Indian journal of veterinary science and animal husbandry - Volumes 24-25, 1954-1955
Year: 1954
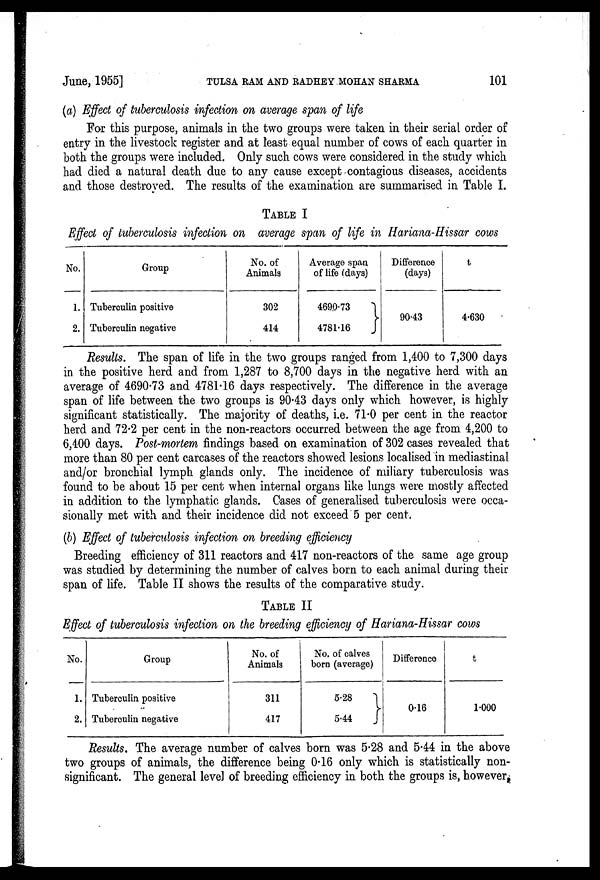
June, 1955] TULSA RAM AND RADHEY MOHAN SHARMA 101
(a) Effect of tuberculosis infection on average span of life
For this purpose, animals in the two groups were taken in their serial order of
entry in the livestock register and at least equal number of cows of each quarter in
both the groups were included. Only such cows were considered in the study which
had died a natural death due to any cause except contagious diseases, accidents
and those destroyed. The results of the examination are summarised in Table I.
TABLE I
Effect of tuberculosis infection on average span of life in Hariana-Hissar cows
No.
1.
2.
Group
Tuberculin positive
Tuberculin negative
No. of
Animals
302
414
Average span
of life (days)
4690.73
}
4781.16
Difference
(days)
90.43
t
4.630
Results. The span of life in the two groups ranged from 1,400 to 7,300 days
in the positive herd and from 1,287 to 8,700 days in the negative herd with an
average of 4690.73 and 4781.16 days respectively. The difference in the average
span of life between the two groups is 90.43 days only which however, is highly
significant statistically. The majority of deaths, i.e. 71.0 per cent in the reactor
herd and 72.2 per cent in the non-reactors occurred between the age from 4,200 to
6,400 days. Post-mortem findings based on examination of 302 cases revealed that
more than 80 per cent carcases of the reactors showed lesions localised in mediastinal
and/or bronchial lymph glands only. The incidence of miliary tuberculosis was
found to be about 15 per cent when internal organs like lungs were mostly affected
in addition to the lymphatic glands. Cases of generalised tuberculosis were occa-
sionally met with and their incidence did not exceed 5 per cent.
(b) Effect of tuberculosis infection on breeding efficiency
Breeding efficiency of 311 reactors and 417 non-reactors of the same age group
was studied by determining the number of calves born to each animal during their
span of life. Table II shows the results of the comparative study.
TABLE II
Effect of tuberculosis infection on the breeding efficiency of Hariana-Hissar cows
No.
1.
2.
Group
Tuberculin positive
Tuberculin negative
No. of
Animals
311
417
No. of calves
born (average)
5.28
}
5.44
Difference
0.16
t
1.000
Results. The average number of calves born was 5.28 and 5.44 in the above
two groups of animals, the difference being 0.16 only which is statistically non-
significant. The general level of breeding efficiency in both the groups is, however.